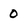
Character: 0